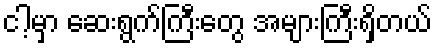
ငါ့မှာ ဆေးရွက်ကြီးတွေ အများကြီးရှိတယ်